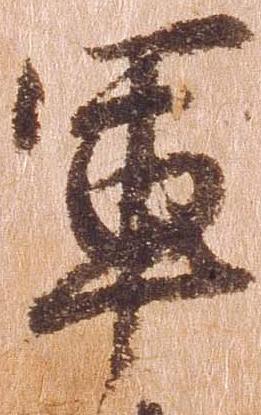
軍